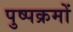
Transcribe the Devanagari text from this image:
पुष्पक्रमों